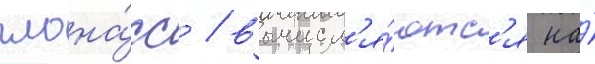
глона́сс / вычисл'я́ютс'я на́